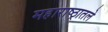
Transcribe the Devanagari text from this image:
महाराष्ठ्रातले